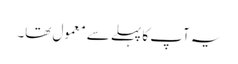
یہ آپ کا پہلے سے معمول تھا۔